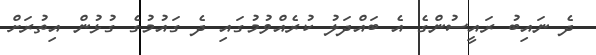
ދެ ނައިބު ރައީސުންގެ އެ ބައްދަލު ކުރެއްވުމުގައި ދެ ގައުމުގެ ގުޅުން އިތުރަށް